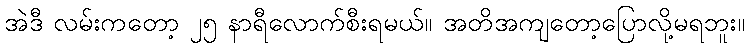
အဲဒီ လမ်းကတော့ ၂၅ နာရီလောက်စီးရမယ်။ အတိအကျတော့ပြောလို့မရဘူး။